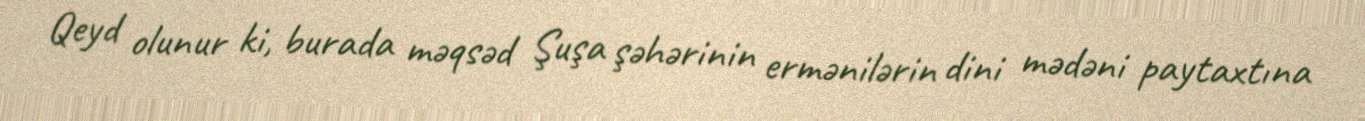
Qeyd olunur ki, burada məqsəd Şuşa şəhərinin ermənilərin dini mədəni paytaxtına